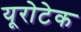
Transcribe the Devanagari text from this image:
यूरोटेक